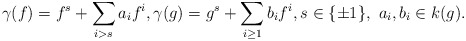
\begin{align*}\gamma(f) = f^s + \sum_{i> s}a_if^i, \gamma(g) = g^s + \sum_{i \geq 1}b_i f^i, s \in \{\pm1\},\ a_i, b_i \in k(g).\end{align*}